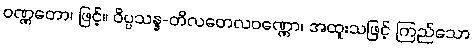
ဝဏ္ဏတော၊ ဖြင့်။ ဝိပ္ပသန္န-တိလတေလဝဏ္ဏော၊ အထူးသဖြင့် ကြည်သော